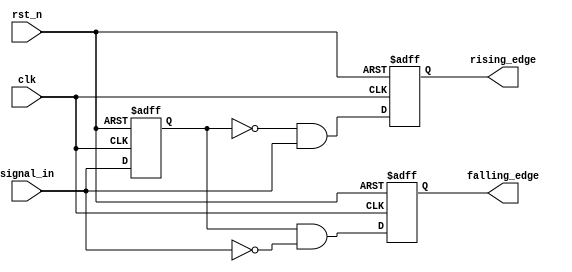
module glitch_free_edge_detector (
    input wire clk,               // Clock signal
    input wire rst_n,             // Active-low reset signal
    input wire signal_in,         // Input signal to detect edges
    output reg rising_edge,       // Output signal for rising edge detection
    output reg falling_edge       // Output signal for falling edge detection
);

    // Memory blocks to store previous states
    reg prev_state;               // Stores the last stable value of signal_in
    reg prev_prev_state;          // Stores the value before prev_state

    // Always block for edge detection logic and memory updates
    always @(posedge clk or negedge rst_n) begin
        if (!rst_n) begin
            // Reset state
            prev_state <= 1'b0;
            prev_prev_state <= 1'b0;
            rising_edge <= 1'b0;
            falling_edge <= 1'b0;
        end else begin
            // Update previous states
            prev_prev_state <= prev_state;
            prev_state <= signal_in;

            // Edge detection logic
            rising_edge <= (prev_state == 1'b0 && signal_in == 1'b1);
            falling_edge <= (prev_state == 1'b1 && signal_in == 1'b0);
        end
    end

endmodule